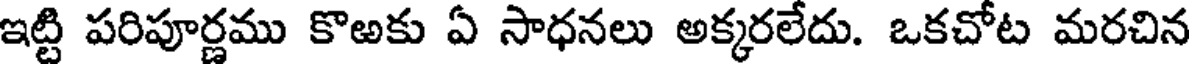
ఇట్టి పరిపూర్ణము కొఱకు ఏ సాధనలు అక్కరలేదు. ఒకచోట మరచిన